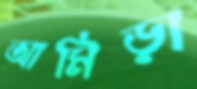
আমিড়া